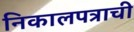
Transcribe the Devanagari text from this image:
निकालपत्राची